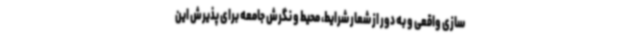
سازی واقعی و به دور از شعار شرایط، محیط و نگرش جامعه برای پذیرش این